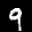
Label: 9